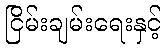
ငြိမ်းချမ်းရေးနှင့်